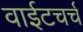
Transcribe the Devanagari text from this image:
वाईटचर्च